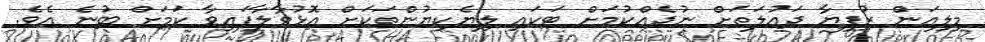
މިލިއަން ރުފިޔާ ދައުލަތަށް ނުދެއްކުމަށް ޓަކައި ލިޔެކިޔުންތަކަށް އޮޅުވާލާފައިވާ ކަމަށް ބުނެ އެވެ.